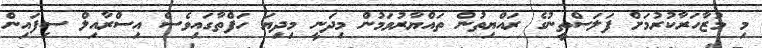
މި މުޒާހަރާކުރުމަށް ފަލަސްތީނުގެ ރައްޔިތުން ތައްޔާރުވަމުން މިދަނީ މިދިޔަ ހަފްތާގައިވެސް އިސްރާއިލް ސިފައިން